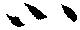
小